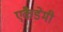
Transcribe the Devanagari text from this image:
एकैडेमी